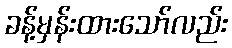
ခန့်မှန်းထားသော်လည်း